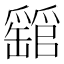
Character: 𤕁